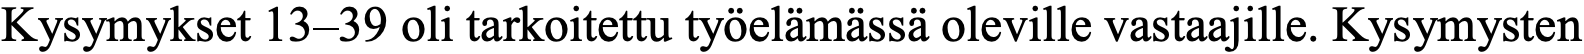
Kysymykset 13–39 oli tarkoitettu työelämässä oleville vastaajille. Kysymysten